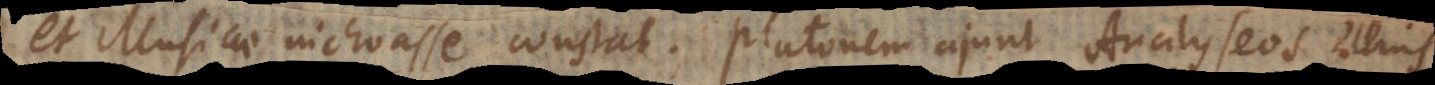
et Musicae inchoasse constat. Platonem ajunt Analyseos illius